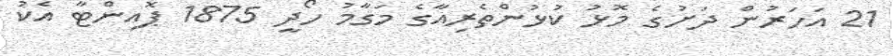
21 އަހަރުން ދަށުގެ މޮޅު ކުޅުންތެރިއާގެ މަގާމު ހޯދީ 1875 ޕޮއިންޓާ އެކު